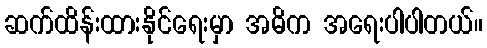
ဆက်ထိန်းထားနိုင်ရေးမှာ အဓိက အရေးပါပါတယ်။